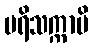
ပရိသက္ကာမိ